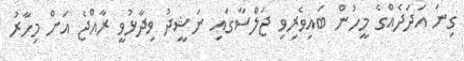
ގިނަ އަދަދެއްގެ މީހުން ބައިވެރިވި ޖަލްސާގައި ނަޝީދު ވިދާޅުވީ ރާއްޖެ އަށް މިހާރު